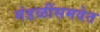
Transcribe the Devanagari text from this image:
मंडळींसमवेत